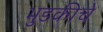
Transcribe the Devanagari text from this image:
भुडकीचे